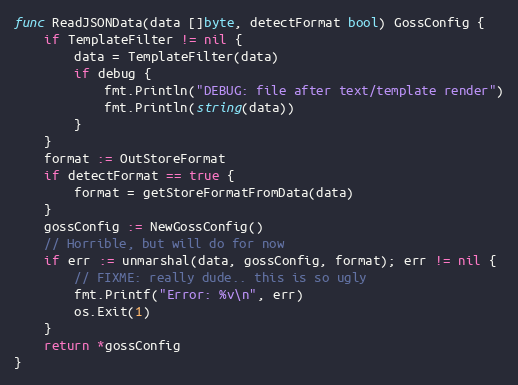
Language: Go
func ReadJSONData(data []byte, detectFormat bool) GossConfig {
	if TemplateFilter != nil {
		data = TemplateFilter(data)
		if debug {
			fmt.Println("DEBUG: file after text/template render")
			fmt.Println(string(data))
		}
	}
	format := OutStoreFormat
	if detectFormat == true {
		format = getStoreFormatFromData(data)
	}
	gossConfig := NewGossConfig()
	// Horrible, but will do for now
	if err := unmarshal(data, gossConfig, format); err != nil {
		// FIXME: really dude.. this is so ugly
		fmt.Printf("Error: %v\n", err)
		os.Exit(1)
	}
	return *gossConfig
}